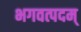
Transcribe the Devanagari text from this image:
भगवत्पदम्